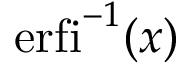
\operatorname { e r f i } ^ { - 1 } ( x )